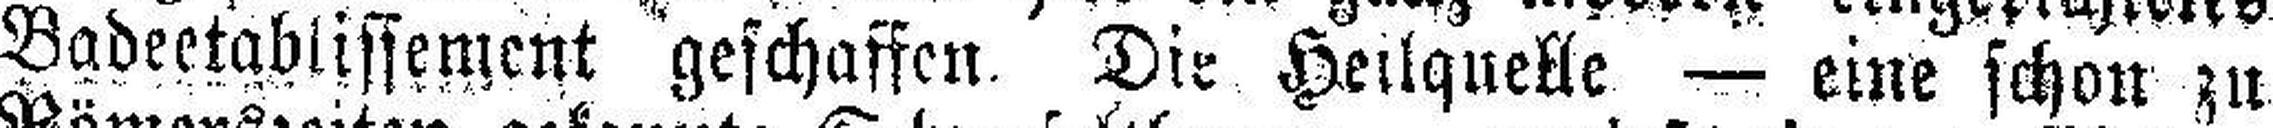
Badeetablissement geschaffen. Die Heilquelle — eine schon zu